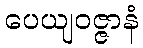
ပေယျဝဇ္ဇာနံ